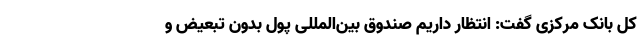
کل بانک مرکزی گفت: انتظار داریم صندوق بین‌المللی پول بدون تبعیض و